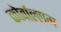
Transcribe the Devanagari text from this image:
कोर्वाल्लम